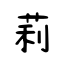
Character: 莉